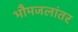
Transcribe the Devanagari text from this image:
भौमजलांतर